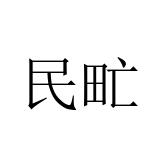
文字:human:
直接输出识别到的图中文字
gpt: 民甿